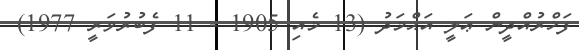
ފަޚްރުއްދީން ޢަލީ އަޙްމަދު (13 މެއި 1905 - 11 ފެބުރުވަރީ 1977)